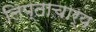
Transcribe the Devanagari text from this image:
लिप्ताचार्य